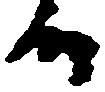
候